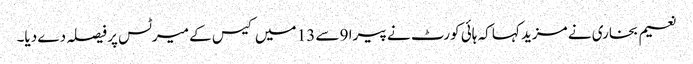
نعیم بخاری نے مزید کہا کہ ہائی کورٹ نے پیرا 9 سے 13 میں کیس کے میرٹس پر فیصلہ دے دیا۔